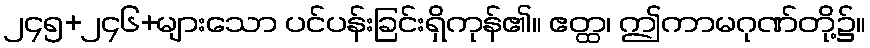
၂၄၅+၂၄၆+များသော ပင်ပန်းခြင်းရှိကုန်၏။ ဧတ္ထ၊ ဤကာမဂုဏ်တို့၌။